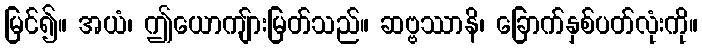
မြင်၍။ အယံ၊ ဤယောကျ်ားမြတ်သည်။ ဆဗ္ဗဿာနိ၊ ခြောက်နှစ်ပတ်လုံးကို။